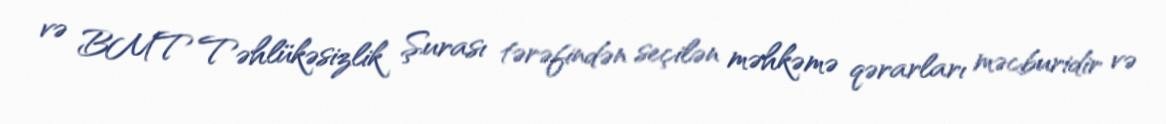
və BMT Təhlükəsizlik Şurası tərəfindən seçilən məhkəmə qərarları məcburidir və